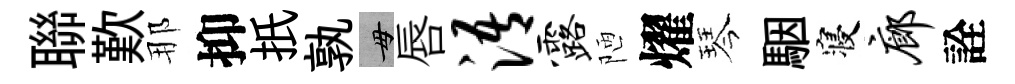
聯歎那抑扺孰毋唇浯露陋燿琴駰寝廊詮